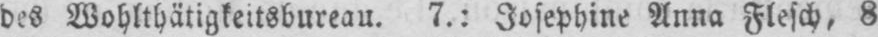
des Wohlthätigkeitsbureau. 7.: Josephine Anna Flesch, 8